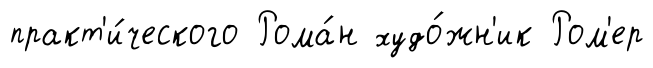
практ'и́ческого Рома́н худо́жн'ик Ром'ер